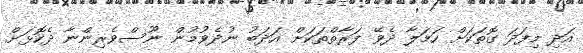
އަދި މިފަދަ ގޮތަކަށް ހަމަލާ ދެވޭ ފަރާތްތަކަށް އަދަބު ނުދެވުމުން ނޫސްވެރިންނާ ދެކޮޅަށް